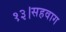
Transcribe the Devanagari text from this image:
१३।सहवाग